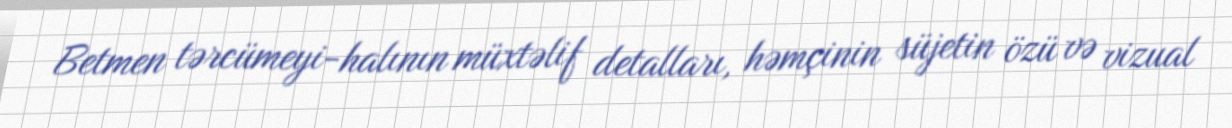
Betmen tərcümeyi-halının müxtəlif detalları, həmçinin süjetin özü və vizual